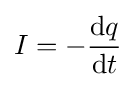
I=-{\frac {\mathrm {d} q}{\mathrm {d} t}}